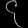
Digit: ၄